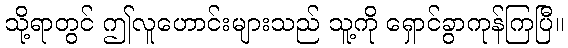
သို့ရာတွင် ဤလူဟောင်းများသည် သူ့ကို ရှောင်ခွာကုန်ကြပြီ။